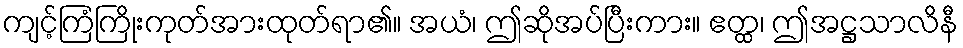
ကျင့်ကြံကြိုးကုတ်အားထုတ်ရာ၏။ အယံ၊ ဤဆိုအပ်ပြီးကား။ ဧတ္ထ၊ ဤအဋ္ဌသာလိနီ